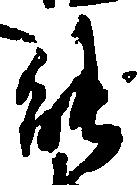
能